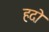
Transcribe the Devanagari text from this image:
हदो